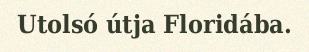
Utolsó útja Floridába.